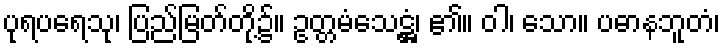
ပုရပရေသု၊ ပြည်မြတ်တို့၌။ ဥတ္တမံသေဋ္ဌံ၊ ၏။ ဝါ၊ သော။ ပဓာနဘူတံ၊